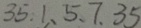
3 5 . 1 , 、 5 、 7 . 3 5